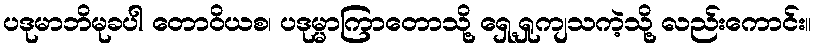
ပဒုမာဘိမုခပါ တောဝိယစ၊ ပဒုမ္မာကြာတောသို့ ရှေ့ရှုကျသကဲ့သို့ လည်းကောင်း။